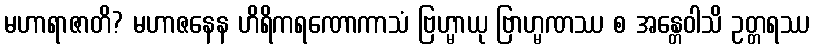
မဟာရာဇာတိ? မဟာဇနေန ဟိရိကရဏောကာသံ ဗြဟ္မာယု ဗြာဟ္မဏဿ စ အန္တေဝါသိ ဥတ္တရဿ